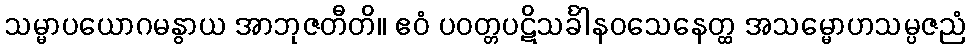
သမ္မာပယောဂမနွာယ အာဘုဇတီတိ။ ဧဝံ ပဝတ္တပဋိသင်္ခါနဝသေနေတ္ထ အသမ္မောဟသမ္ပဇညံ